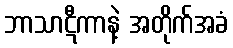
ဘာသာဋီကာနဲ့ အတိုက်အခံ